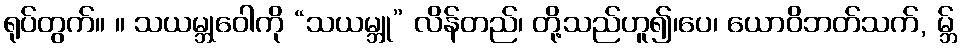
ရုပ်တွက်။ ။ သယမ္ဘုဝေါကို “သယမ္ဘူ” လိန်တည်၊ တို့သည်ဟူ၍၊ပေ၊ ယောဝိဘတ်သက်, မ္ဘ်